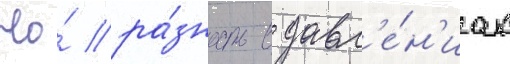
Но́ ра́зность в давл'е́н'иах